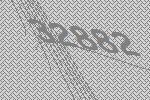
32882